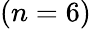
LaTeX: (n=6)